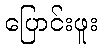
ပြောင်းဖူး